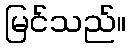
မြင်သည်။